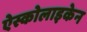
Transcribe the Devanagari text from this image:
ऐस्कोलाइकेन